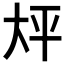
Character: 𫯡